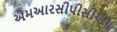
એમઆરસીપીસીએચ